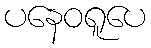
ပနေဝရူပေ